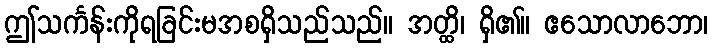
ဤသင်္ကန်းကိုရခြင်းမအစရှိသည်သည်။ အတ္ထိ၊ ရှိ၏။ ဧသောလာဘော၊